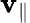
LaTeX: \mathbf{v}_{\| }